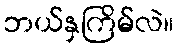
ဘယ်နှကြိမ်လဲ။